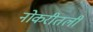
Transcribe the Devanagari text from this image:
नोकरीतली